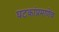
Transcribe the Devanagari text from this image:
घटकांप्रमाणेच